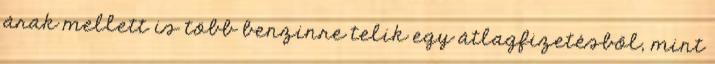
árak mellett is több benzinre telik egy átlagfizetésből, mint